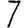
Digit: 7